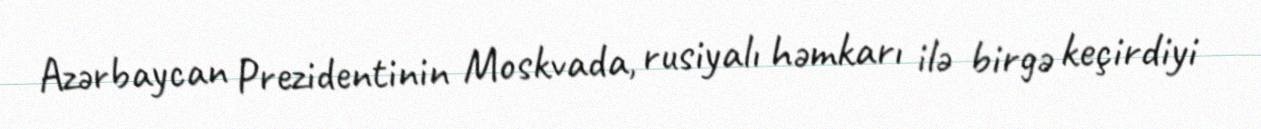
Azərbaycan Prezidentinin Moskvada, rusiyalı həmkarı ilə birgə keçirdiyi